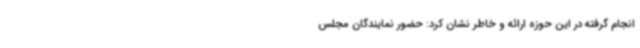
انجام گرفته در این حوزه ارائه و خاطر نشان کرد: حضور نمایندگان مجلس